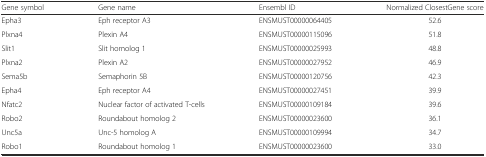
<table><thead><tr><td><b>Gene symbol</b></td><td><b>Gene name</b></td><td><b>Ensembl ID</b></td><td><b>Normalized ClosestGene score</b></td></tr></thead><tbody><tr><td>Epha3</td><td>Eph receptor A3</td><td>ENSMUST00000064405</td><td>52.6</td></tr><tr><td>Plxna4</td><td>Plexin A4</td><td>ENSMUST00000115096</td><td>51.8</td></tr><tr><td>Slit1</td><td>Slit homolog 1</td><td>ENSMUST00000025993</td><td>48.8</td></tr><tr><td>Plxna2</td><td>Plexin A2</td><td>ENSMUST00000027952</td><td>46.9</td></tr><tr><td>Sema5b</td><td>Semaphorin 5B</td><td>ENSMUST00000120756</td><td>42.3</td></tr><tr><td>Epha4</td><td>Eph receptor A4</td><td>ENSMUST00000027451</td><td>39.9</td></tr><tr><td>Nfatc2</td><td>Nuclear factor of activated T-cells</td><td>ENSMUST00000109184</td><td>39.6</td></tr><tr><td>Robo2</td><td>Roundabout homolog 2</td><td>ENSMUST00000023600</td><td>36.1</td></tr><tr><td>Unc5a</td><td>Unc-5 homolog A</td><td>ENSMUST00000109994</td><td>34.7</td></tr><tr><td>Robo1</td><td>Roundabout homolog 1</td><td>ENSMUST00000023600</td><td>33.0</td></tr></tbody></table>